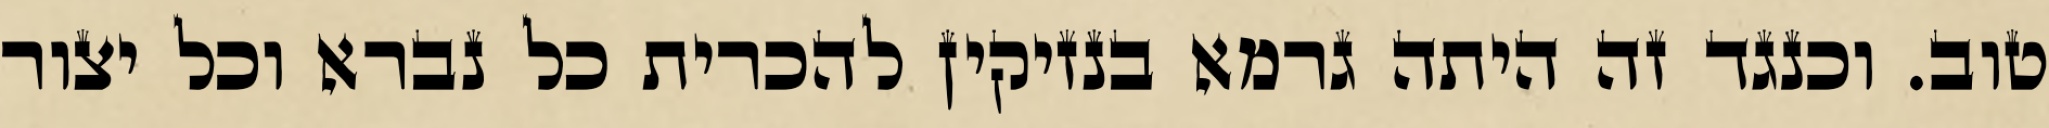
טוב. וכנגד זה היתה גרמא בנזיקין להכרית כל נברא וכל יצור